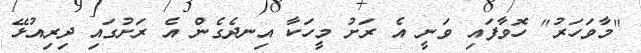
"މާވަހަރު" ހޮވާފައި ވަނީ އެ ރަށު މީހަކާ އިނދެގެން އެ ރަށުގައި ދިރިއުޅޭ